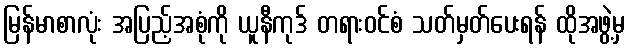
မြန်မာစာလုံး အပြည့်အစုံကို ယူနီကုဒ် တရားဝင်စံ သတ်မှတ်ပေးရန် ထိုအဖွဲ့မှ